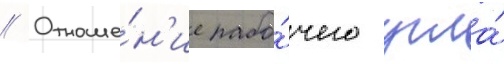
// Отноше́н'ие рабо́чего угла́